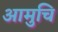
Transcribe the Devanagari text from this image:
आमुचि